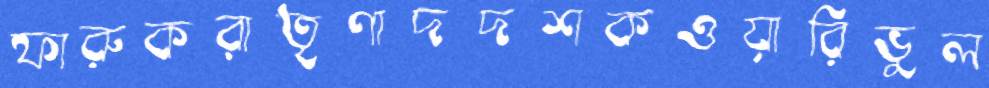
ফারুকরাতৃণাদদশকওয়ারিভুল